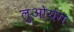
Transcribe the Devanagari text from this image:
लुओयंग